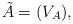
LaTeX: \begin{align*} \tilde{A} = (V_A), \end{align*}